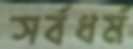
সর্বধর্ম